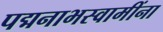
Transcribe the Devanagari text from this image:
पद्मनाभस्वामींना